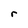
Character: r